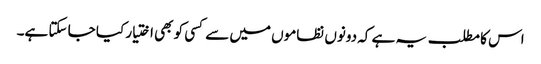
اس کا مطلب یہ ہے کہ دونوں نظاموں میں سے کسی کو بھی اختیار کیا جا سکتا ہے۔